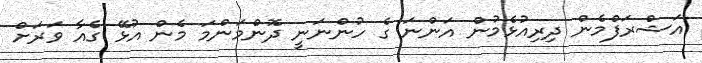
އަޝްރަފްމެން ދިރިއުޅެމުން އަންނަ ގެ ހުންނަނީ ދޮންމަންމަ މެން އުޅޭ ގެއާ ވަރަށް